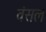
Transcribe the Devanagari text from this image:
वंसल